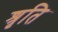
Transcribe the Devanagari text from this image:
श्रृति